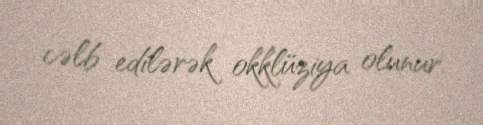
cəlb edilərək okklüziya olunur.